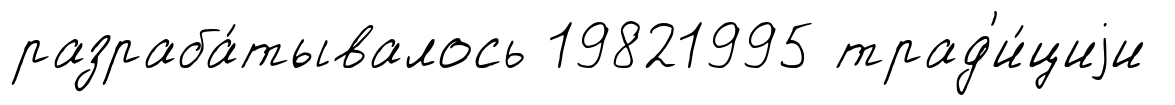
разраба́тывалось 19821995 трад'и́циjи